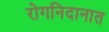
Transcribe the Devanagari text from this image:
रोगनिदानात